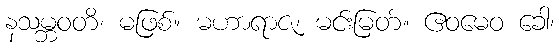
နသမ္ဘဝတိ၊ မဖြစ်။ မဟာရာဇ၊ မင်းမြတ်။ ဧဝမေဝ ခေါ၊